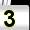
Digit: 3